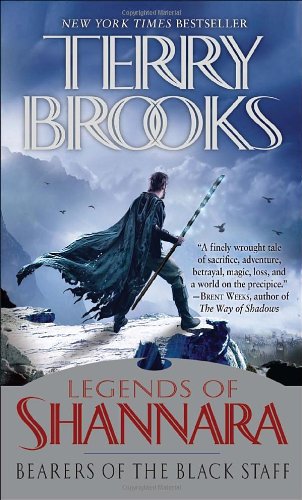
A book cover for Bearers of the Black Staff: Legends of Shannara (Pre-Shannara: Legends of Shannara); Terry Brooks; Science Fiction & Fantasy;